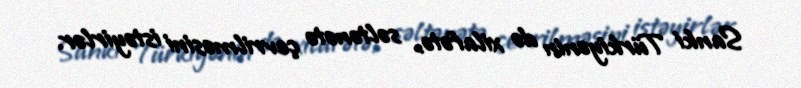
Sanki Türkiyənin də xilafətə, səltənətə çevrilməsini istəyirlər.